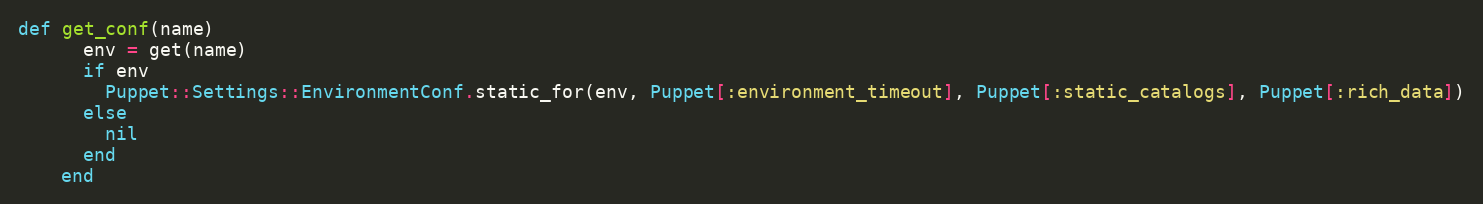
Language: Ruby
def get_conf(name)
      env = get(name)
      if env
        Puppet::Settings::EnvironmentConf.static_for(env, Puppet[:environment_timeout], Puppet[:static_catalogs], Puppet[:rich_data])
      else
        nil
      end
    end